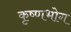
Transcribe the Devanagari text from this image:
कृष्णभोग